Code of medical and sanitary regulations for the guidance of medical officers serving in the Madras Presidency - Volume I
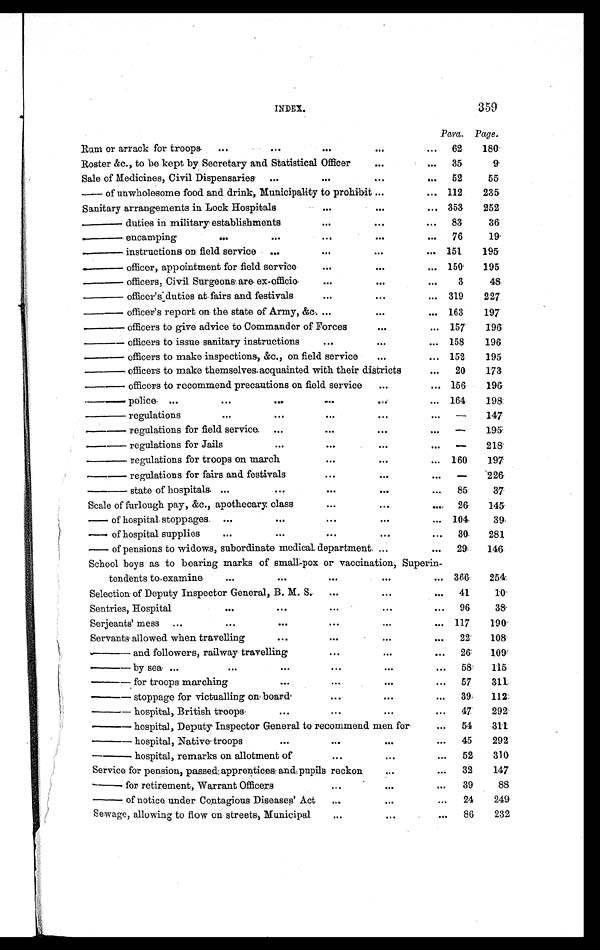
INDEX.
359
Para. Page.
Rum or arrack for troops
...
. . .
...
...
... 62
180
Roster &c., to be kept by Secretary and Statistical Officer
...
... 35
9
Sale of Medicines, Civil Dispensaries ...
...
...
. . .
52
55
— o f u n w h o l e s o m e f o o d a n d d r i n k , M u n i c i p a l i t y t o p r o h i b i t
...
... 112
235
Sanitary arrangements in Lock Hospitals
...
...
... 353
252
—— duti es i n mi l i tary establ i shments
...
...
. . .
83
36
—— encamping
...
. . .
...
...
. . .
76
19
—— i ns t r uct i ons on f i el d s er vi ce ...
...
...
... 151
195
—— officer, appointment for field service
...
...
... 150
195
—— officers; Civil Surgeons are ex-officio
...
...
. . .
3
48
—— officer's duties at fairs and festivals
...
...
... 319
227
—— officer's report on the state of Army, &c. ...
...
... 163
197
—— officers to give advice to Commander of Forces
...
... 157
196
—— officers to issue sanitary instructions
...
...
... 158
196
—— officers to make inspections., &c., on field service
...
... 152
195
—— officers to make themselves acquainted with their districts
...
20
173
—— officers to recommend precautions on field service
...
... 156
196
—— police . . .
...
. . .
...
...
. . . 164
198
—— regulations
...
. . .
. . .
...
. . . —
147
—— r e g u l a t i o n s f o r f i e l d s e r v i c e ...
...
...
. . . —
195
— — r e g u l a t i o n s f o r J a i l s
...
...
...
... —
218
—— regulations for troops on march
...
...
... 160
197
—— regul at i ons for fai rs and fest i val s
...
...
... —
226
— — s t a t e o f h o s p i t a l s ...
. . .
...
...
...
85
37
Scale of furlough pay, &c., apothecary class
...
...
... 26
145
— of hospital stoppages ...
. . .
. . .
. . .
. . . 104
39
— of hospital supplies
...
. . .
...
. . .
... 30
281
— of pensions to widows, subordinate medical department. ...
... 29
146
School boys as to bearing marks of small-pox or vaccination, Superin-
tendents to examine
...
. . .
...
. . .
... 366
254
Selection of Deputy Inspector General, B. M. S.
...
. . .
... 41
10
Sentries, Hospital
. . .
. . .
...
...
... 96
3 8
Serjeants' mess ...
. . .
. . .
...
. . .
... 117
190
Servants allowed when travelling
. . .
...
...
...
22
108
—— and followers, railway travelling
...
...
... 26
109
— — b y s e a
...
. . .
. . .
...
...
... 58
115
—— f or t r oops ma r c hi ng
. . .
...
. . .
... 57
311
—— stoppage for victualling on board
...
. . .
...
39
112
—— hospital, British troops
. . .
...
...
... 47
292
—— hospital, Deputy Inspector General to recommend men for
... 54
311
—— hospital, Native troops
. . .
...
. . .
... 45
292
—— hospital, remarks on allotment of
...
. . .
... 52
310
Service for pension, passed apprentices and pupils reckon
...
...
32
147
— for ret i rement , Warrant Offi cers
.
. .
. . .
...
39
88
— of notice under Contagious Diseases' Act ...
. . .
...
24
249
Sewage, allowing to flow on streets Municipal
...
...
... 86
232